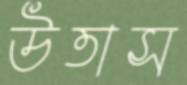
উতাস